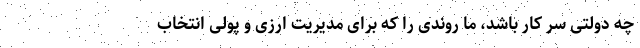
چه دولتی سر کار باشد، ما روندی را که برای مدیریت ارزی و پولی انتخاب